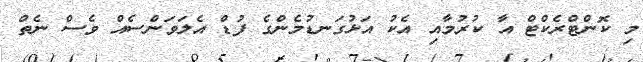
މި ކޮންޓްރެކްޓް އާ ކުރުމާއި އެކު އަޅުގަނޑުމެންގެ ފުޑް އެލަވަންސެއް ވެސް ނެތް